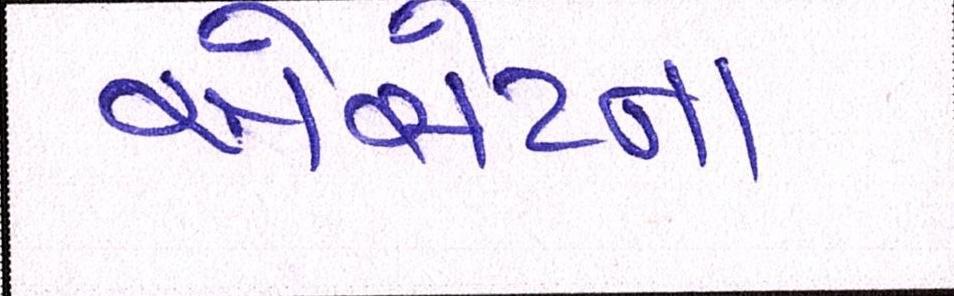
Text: એસેટના